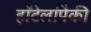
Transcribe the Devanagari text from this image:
हॉटेलांपैकी